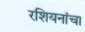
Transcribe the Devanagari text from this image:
रशियनांचा